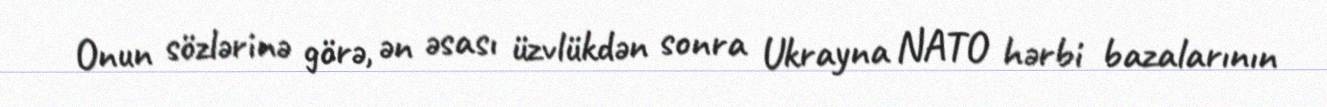
Onun sözlərinə görə, ən əsası üzvlükdən sonra Ukrayna NATO hərbi bazalarının